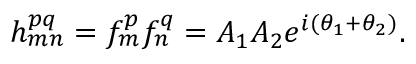
h _ { m n } ^ { p q } = f _ { m } ^ { p } f _ { n } ^ { q } = A _ { 1 } A _ { 2 } e ^ { i ( \theta _ { 1 } + \theta _ { 2 } ) } .